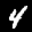
Label: 4